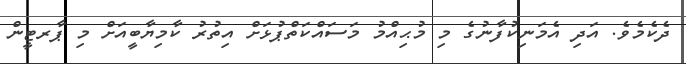
ދެކެމެވެ. އަދި އެމަނިކުފާނުގެ މި މުޙިއްމު މަސައްކަތްޕުޅަށް އިތުރު ކާމިޔާބީއަށް މި ޕާރޓީން